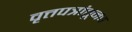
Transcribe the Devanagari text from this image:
वृत्तपत्रांतूनच